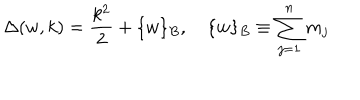
\Delta ( w , k ) = \frac { k ^ { 2 } } { 2 } + \{ w \} _ { B } , \quad \{ w \} _ { B } \equiv \sum _ { j = 1 } ^ { n } m _ { j }